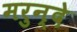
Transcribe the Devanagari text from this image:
मरुन्दे